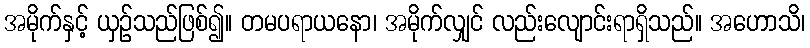
အမိုက်နှင့် ယှဉ်သည်ဖြစ်၍။ တမပရာယနော၊ အမိုက်လျှင် လည်းလျောင်းရာရှိသည်။ အဟောသိ၊